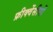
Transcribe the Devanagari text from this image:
फ्रीक्वेंसीयों